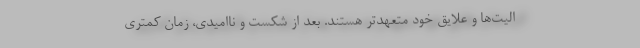
الیت‌ها و علایق خود متعهدتر هستند. بعد از شکست و ناامیدی، زمان کمتری